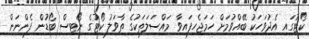
ކޯޓުގައި އެދުވަހަކު ބޭއްވުމަށް ހަމަޖެހިފައިވާ މައްސަލަތަކުގެ ތާވަލު ކޯޓުގެ ނޯޓިސް ބޯޑުން ފެންނަން